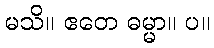
မသိ။ ဧတေ ဓမ္မာ။ ပ။